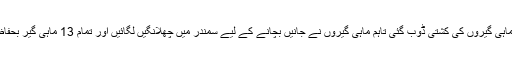
گرد آلود اور تیز ہواؤں کی وجہ سے ماہی گیروں کی کشتی ڈوب گئی تاہم ماہی گیروں نے جانیں بچانے کے لیے سمندر میں چھلانگیں لگائیں اور تمام 13 ماہی گیر بحفاظت اپنے اپنے گھروں تک پہنچ گئے۔